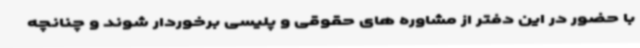
با حضور در این دفتر از مشاوره های حقوقی و پلیسی برخوردار شوند و چنانچه